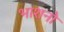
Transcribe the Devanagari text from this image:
भाशनो